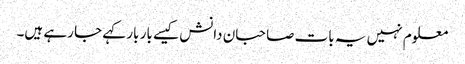
معلوم نہیں یہ بات صاحبان دانش کیسے بار بار کہے جا رہے ہیں۔